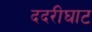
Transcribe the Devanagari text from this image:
ददरीघाट